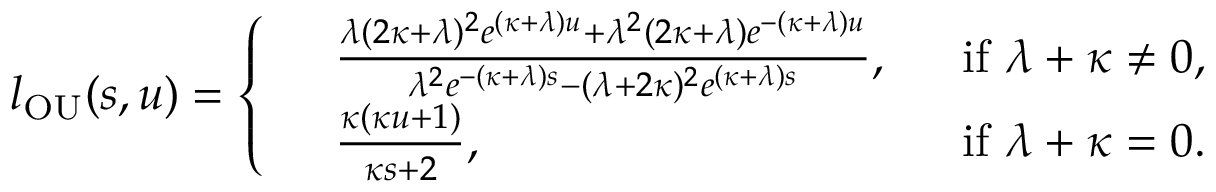
l _ { \mathrm { O U } } ( s , u ) = \left\{ \begin{array} { r l r } & { \frac { \lambda ( 2 \kappa + \lambda ) ^ { 2 } e ^ { ( \kappa + \lambda ) u } + \lambda ^ { 2 } ( 2 \kappa + \lambda ) e ^ { - ( \kappa + \lambda ) u } } { \lambda ^ { 2 } e ^ { - ( \kappa + \lambda ) s } - ( \lambda + 2 \kappa ) ^ { 2 } e ^ { ( \kappa + \lambda ) s } } , ~ ~ } & { \mathrm { i f } ~ \lambda + \kappa \neq 0 , } \\ & { \frac { \kappa ( \kappa u + 1 ) } { \kappa s + 2 } , ~ ~ } & { \mathrm { i f } ~ \lambda + \kappa = 0 . } \end{array} \right.